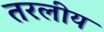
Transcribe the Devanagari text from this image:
तरलीय